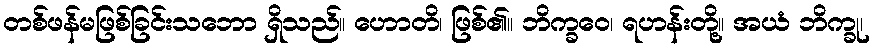
တစ်ဖန်မဖြစ်ခြင်းသဘော ရှိသည်။ ဟောတိ၊ ဖြစ်၏။ ဘိက္ခဝေ၊ ရဟန်းတို့။ အယံ ဘိက္ခု၊